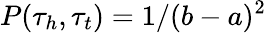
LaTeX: P(\tau_{h},\tau_{t})=1/(b-a)^{2}